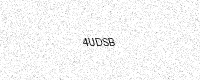
Text: 4UDSB